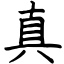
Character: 真